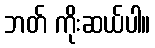
ဘတ် ကိုးဆယ်ပါ။